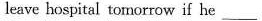
leave hospital tomorrow if he___